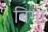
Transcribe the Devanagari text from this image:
बिगा